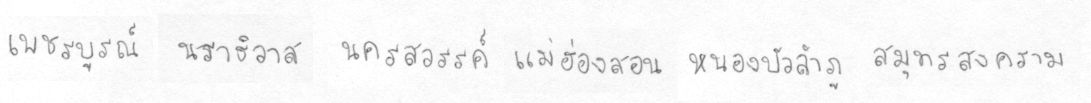
เพชรบรูณ์นราธิวาสนครสววรรค์แม่ฮ่องสอนหนองบัวลำภูสมุทรสงคราม